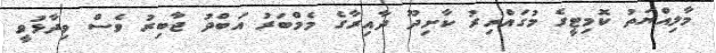
މާލިއްޔަތު ކޮމިޓީގެ މުގައްރިރު ކާށިދޫ ދާއިރާގެ މެމްބަރު އަބްދު ޖާބިރު ވެސް ވިދާޅުވީ